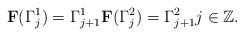
LaTeX: \begin{align*} \textbf{F}(\Gamma^{1}_{j})=\Gamma^{1}_{j+1}\textbf{F}(\Gamma^{2}_{j})=\Gamma^{2}_{j+1}j\in\mathbb{Z}.\end{align*}